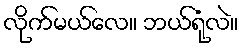
လိုက်မယ်လေ။ ဘယ်ရုံလဲ။